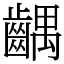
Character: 齵